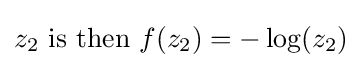
z_{2}{\text{ is then }}f(z_{2})=-\log(z_{2})